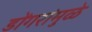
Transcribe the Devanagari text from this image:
डोंगरांमुळे